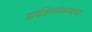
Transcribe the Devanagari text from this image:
प्रायश्चित्तव्यवस्थासार